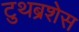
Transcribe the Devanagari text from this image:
टुथब्रशेस